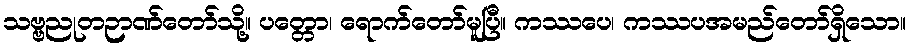
သဗ္ဗညုတဉာဏ်တော်သို့။ ပတ္တော၊ ရောက်တော်မူပြီ။ ကဿပေ၊ ကဿပအမည်တော်ရှိသော။